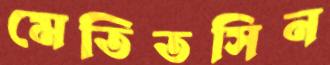
মেতিতসিন